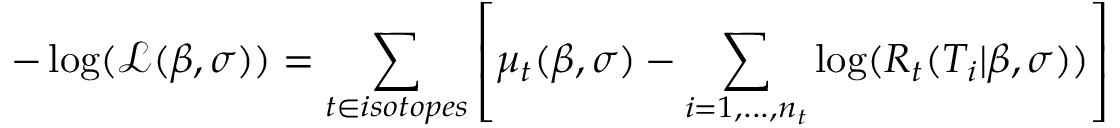
- \log ( \mathcal { L } ( \beta , \sigma ) ) = \sum _ { t \in i s o t o p e s } \left[ \mu _ { t } ( \beta , \sigma ) - \sum _ { i = 1 , . . . , n _ { t } } \log ( R _ { t } ( T _ { i } | \beta , \sigma ) ) \right]